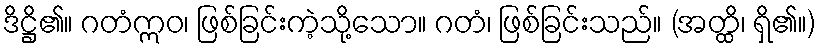
ဒိဋ္ဌိ၏။ ဂတံဣဝ၊ ဖြစ်ခြင်းကဲ့သို့သော။ ဂတံ၊ ဖြစ်ခြင်းသည်။ (အတ္ထိ၊ ရှိ၏။)